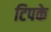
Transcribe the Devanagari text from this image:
टिपके